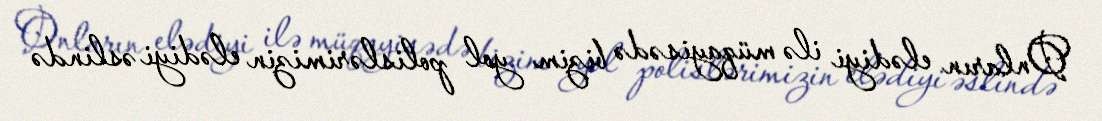
Onların elədiyi ilə müqayisədə bizim yol polislərimizin elədiyi əslində